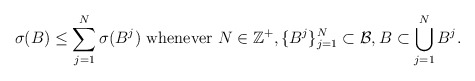
\begin{align*}\sigma(B)\leq \sum_{j=1}^N \sigma(B^j) \mbox{ whenever } N\in \mathbb{Z}^+, \{B^j\}_{j=1}^N \subset \mathcal{B}, B \subset \bigcup_{j=1}^N B^j. \end{align*}